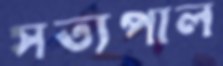
সত্যপাল